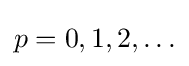
p=0,1,2,\ldots